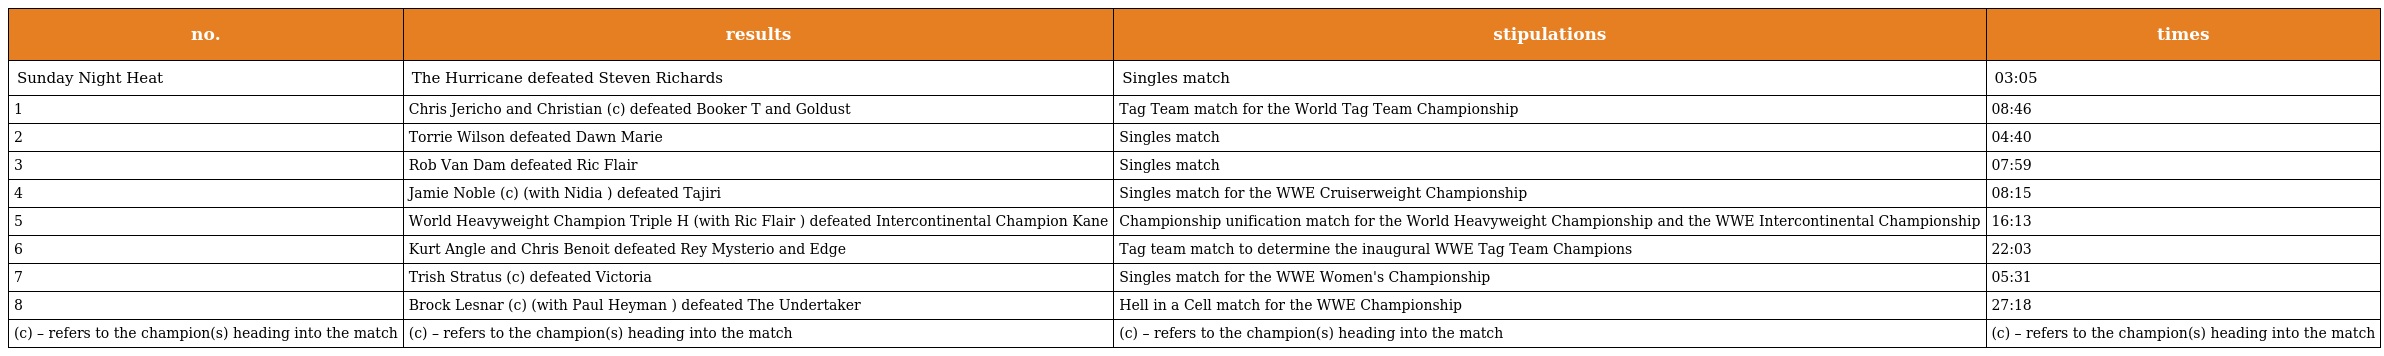
| no. | results | stipulations | times |
 | --- | --- | --- | --- |
 | Sunday Night Heat | The Hurricane defeated Steven Richards | Singles match | 03:05 |
 | 1 | Chris Jericho and Christian (c) defeated Booker T and Goldust | Tag Team match for the World Tag Team Championship | 08:46 |
 | 2 | Torrie Wilson defeated Dawn Marie | Singles match | 04:40 |
 | 3 | Rob Van Dam defeated Ric Flair | Singles match | 07:59 |
 | 4 | Jamie Noble (c) (with Nidia ) defeated Tajiri | Singles match for the WWE Cruiserweight Championship | 08:15 |
 | 5 | World Heavyweight Champion Triple H (with Ric Flair ) defeated Intercontinental Champion Kane | Championship unification match for the World Heavyweight Championship and the WWE Intercontinental Championship | 16:13 |
 | 6 | Kurt Angle and Chris Benoit defeated Rey Mysterio and Edge | Tag team match to determine the inaugural WWE Tag Team Champions | 22:03 |
 | 7 | Trish Stratus (c) defeated Victoria | Singles match for the WWE Women's Championship | 05:31 |
 | 8 | Brock Lesnar (c) (with Paul Heyman ) defeated The Undertaker | Hell in a Cell match for the WWE Championship | 27:18 |
 | (c) – refers to the champion(s) heading into the match | (c) – refers to the champion(s) heading into the match | (c) – refers to the champion(s) heading into the match | (c) – refers to the champion(s) heading into the match |